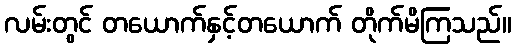
လမ်းတွင် တယောက်နှင့်တယောက် တိုက်မိကြသည်။